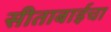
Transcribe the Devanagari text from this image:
सीताबाईचा